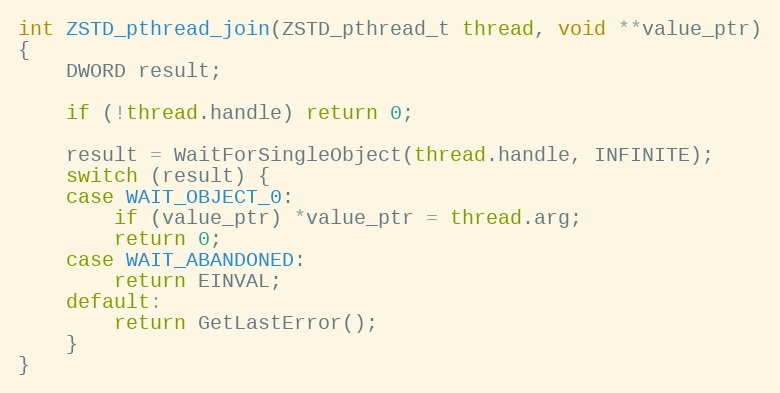
Language: C
int ZSTD_pthread_join(ZSTD_pthread_t thread, void **value_ptr)
{
    DWORD result;

    if (!thread.handle) return 0;

    result = WaitForSingleObject(thread.handle, INFINITE);
    switch (result) {
    case WAIT_OBJECT_0:
        if (value_ptr) *value_ptr = thread.arg;
        return 0;
    case WAIT_ABANDONED:
        return EINVAL;
    default:
        return GetLastError();
    }
}